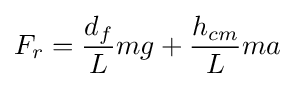
F_{r}={d_{f} \over L}mg+{h_{cm} \over L}ma